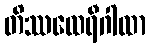
တိဿထေရီဂါထာ